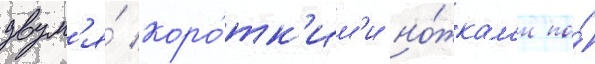
двум'я́ коро́тк'им'и но́жкам'и по́